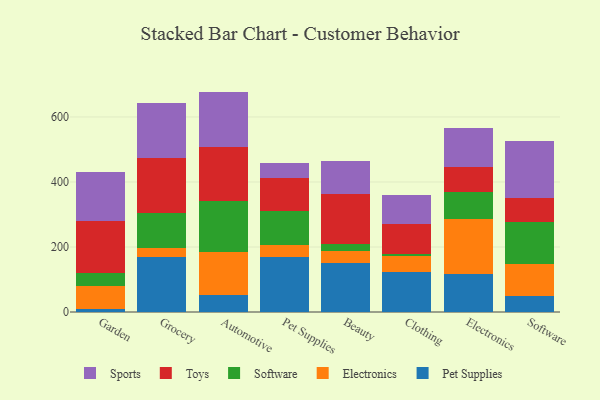
{"axis": {"x": "Category", "y": "Shipments"}, "legend": ["Electronics", "Pet Supplies", "Software", "Sports", "Toys"], "data": [{"x": "Garden", "y": 9.2, "type": "Pet Supplies"}, {"x": "Garden", "y": 71.8, "type": "Electronics"}, {"x": "Garden", "y": 37.7, "type": "Software"}, {"x": "Garden", "y": 161.4, "type": "Toys"}, {"x": "Garden", "y": 150.2, "type": "Sports"}, {"x": "Grocery", "y": 170.1, "type": "Pet Supplies"}, {"x": "Grocery", "y": 28.1, "type": "Electronics"}, {"x": "Grocery", "y": 107.7, "type": "Software"}, {"x": "Grocery", "y": 167.3, "type": "Toys"}, {"x": "Grocery", "y": 168.6, "type": "Sports"}, {"x": "Automotive", "y": 52.6, "type": "Pet Supplies"}, {"x": "Automotive", "y": 132.6, "type": "Electronics"}, {"x": "Automotive", "y": 156.1, "type": "Software"}, {"x": "Automotive", "y": 167.4, "type": "Toys"}, {"x": "Automotive", "y": 169.3, "type": "Sports"}, {"x": "Pet Supplies", "y": 169.6, "type": "Pet Supplies"}, {"x": "Pet Supplies", "y": 35.7, "type": "Electronics"}, {"x": "Pet Supplies", "y": 104.0, "type": "Software"}, {"x": "Pet Supplies", "y": 104.4, "type": "Toys"}, {"x": "Pet Supplies", "y": 43.2, "type": "Sports"}, {"x": "Beauty", "y": 149.4, "type": "Pet Supplies"}, {"x": "Beauty", "y": 38.3, "type": "Electronics"}, {"x": "Beauty", "y": 22.5, "type": "Software"}, {"x": "Beauty", "y": 151.9, "type": "Toys"}, {"x": "Beauty", "y": 100.9, "type": "Sports"}, {"x": "Clothing", "y": 124.2, "type": "Pet Supplies"}, {"x": "Clothing", "y": 47.7, "type": "Electronics"}, {"x": "Clothing", "y": 7.6, "type": "Software"}, {"x": "Clothing", "y": 91.2, "type": "Toys"}, {"x": "Clothing", "y": 90.1, "type": "Sports"}, {"x": "Electronics", "y": 117.1, "type": "Pet Supplies"}, {"x": "Electronics", "y": 168.5, "type": "Electronics"}, {"x": "Electronics", "y": 82.8, "type": "Software"}, {"x": "Electronics", "y": 78.9, "type": "Toys"}, {"x": "Electronics", "y": 119.5, "type": "Sports"}, {"x": "Software", "y": 48.5, "type": "Pet Supplies"}, {"x": "Software", "y": 99.3, "type": "Electronics"}, {"x": "Software", "y": 128.1, "type": "Software"}, {"x": "Software", "y": 74.1, "type": "Toys"}, {"x": "Software", "y": 175.5, "type": "Sports"}]}